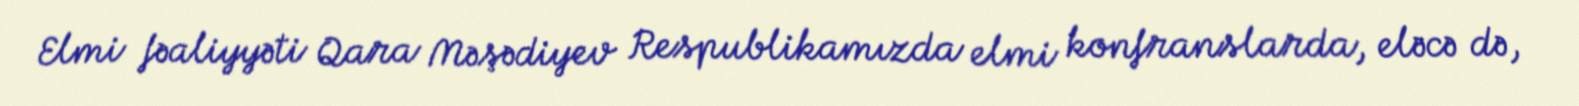
Elmi fəaliyyəti Qara Məşədiyev Respublikamızda elmi konfranslarda, eləcə də,